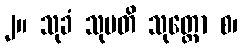
၂။ သုခံ သုပတိ သုတ္တော စ၊